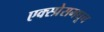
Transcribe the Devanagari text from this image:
एक्स्प्रेसमधून